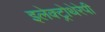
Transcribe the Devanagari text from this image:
इलेक्ट्रोथेरेपी